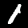
Label: 1